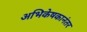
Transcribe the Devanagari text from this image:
अभिकेषकानंतर